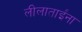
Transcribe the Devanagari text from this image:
लीलाताईंना